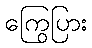
ကြွေပြား